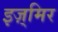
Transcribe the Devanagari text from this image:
इज़्मिर